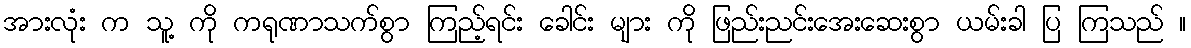
အားလုံး က သူ့ ကို ကရုဏာသက်စွာ ကြည့်ရင်း ခေါင်း များ ကို ဖြည်းညင်းအေးဆေးစွာ ယမ်းခါ ပြ ကြသည် ။